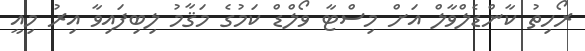
ރޯހިތު ކާންޑެލްވާލް އަށް މިސްޓާ ވޯލްޑް ކަމުގެ މަޤާމު ލިބިފައިވާ އިރު މިއީ